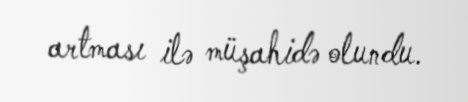
artması ilə müşahidə olundu.